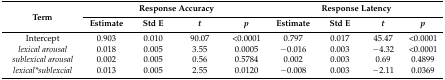
| <ROWSPAN=2> Term | <COLSPAN=4> Response Accuracy | <COLSPAN=4> Response Latency |
 | Estimate | Std E | t | p | Estimate | Std E | t | p |
 | --- | --- | --- | --- | --- | --- | --- | --- | --- |
 | Intercept | 0.903 | 0.010 | 90.07 | <0.0001 | 0.797 | 0.017 | 45.47 | <0.0001 |
 | lexical arousal | 0.018 | 0.005 | 3.55 | 0.0005 | −0.016 | 0.003 | −4.32 | <0.0001 |
 | sublexical arousal | 0.002 | 0.005 | 0.56 | 0.5784 | 0.002 | 0.003 | 0.69 | 0.4899 |
 | lexical*sublexcial | 0.013 | 0.005 | 2.55 | 0.0120 | −0.008 | 0.003 | −2.11 | 0.0369 |